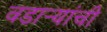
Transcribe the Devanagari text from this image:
वडार्‍यांची